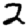
Digit: 2